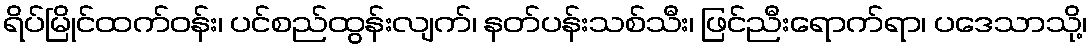
ရိပ်မြိုင်ထက်ဝန်း၊ ပင်စည်ထွန်းလျက်၊ နတ်ပန်းသစ်သီး၊ ဖြင်ညီးရောက်ရာ၊ ပဒေသာသို့၊